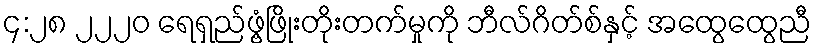
၄:၂၈ ၂၂၂၀ ရေရှည်ဖွံ့ဖြိုးတိုးတက်မှုကို ဘီလ်ဂိတ်စ်နှင့် အထွေထွေညီ